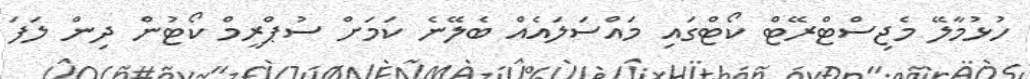
ހުޅުމާލޭ މެޖިސްޓްރޭޓް ކޯޓްގައި މައްސަލައެއް ބެލޭނެ ކަމަށް ސުޕްރީމް ކޯޓުން ދިން ލަފަ